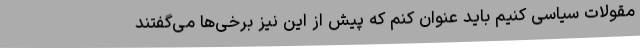
مقولات سیاسی کنیم باید عنوان کنم که پیش از این نیز برخی‌ها می‌گفتند